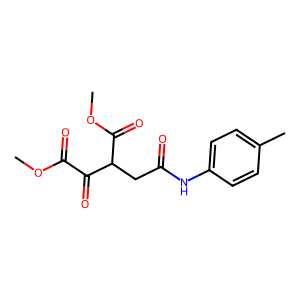
SMILES: COC(=O)C(=O)C(CC(=O)Nc1ccc(C)cc1)C(=O)OC
Inhibits HIV replication: No